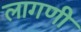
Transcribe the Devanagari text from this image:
लागणी